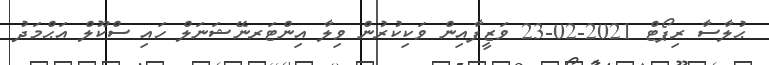
ޙުލާސާ ރިޕޯޓް 2021-02-23 ވަޒީފާއިން ވަކިކުރުން ވިލާ އިންޓަރނޭޝަނަލް ހައި ސްކޫލް އަޙްމަދު